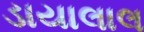
ડાયાલાલ